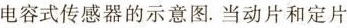
电容式传感器的示意图。当动片和定片